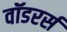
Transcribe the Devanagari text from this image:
वॉडरर्स